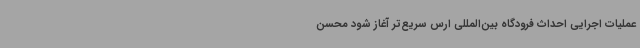
عملیات اجرایی احداث فرودگاه بین‌المللی ارس سریع‌تر آغاز شود محسن